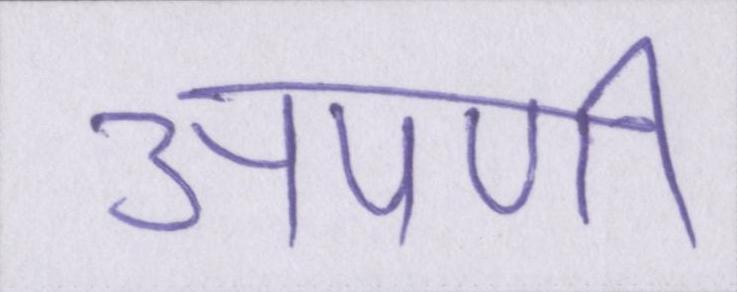
अपणी